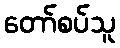
တော်စပ်သူ